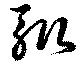
輙